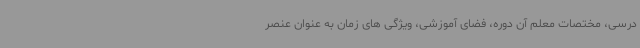
درسی، مختصات معلم آن دوره، فضای آموزشی، ویژگی های زمان به عنوان عنصر